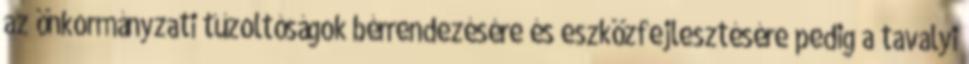
az önkormányzati tűzoltóságok bérrendezésére és eszközfejlesztésére pedig a tavalyi